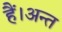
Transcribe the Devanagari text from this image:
हैँ।अन्त